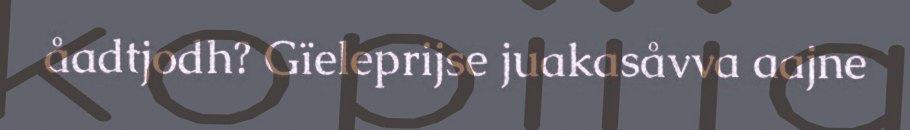
åadtjodh? Gïeleprijse juakasåvva aajne